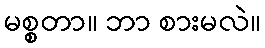
မစ္စတာ။ ဘာ စားမလဲ။